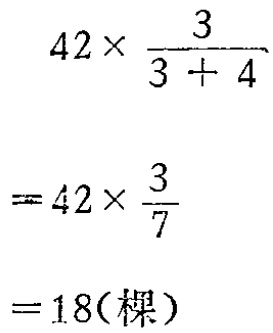
\[

\begin{align*}

&42\times\frac{3}{3 + 4}\\

=&42\times\frac{3}{7}\\

=&18(\text{棵})

\end{align*}

\]